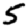
Digit: 5